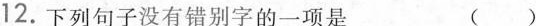
12.下列句子没有错别字的一项是 （ ）